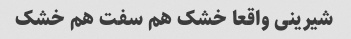
شیرینی واقعا خشک هم سفت هم خشک